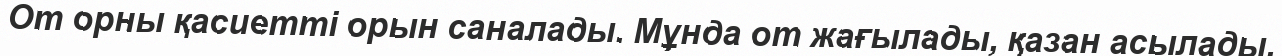
От орны қасиетті орын саналады. Мұнда от жағылады, қазан асылады.